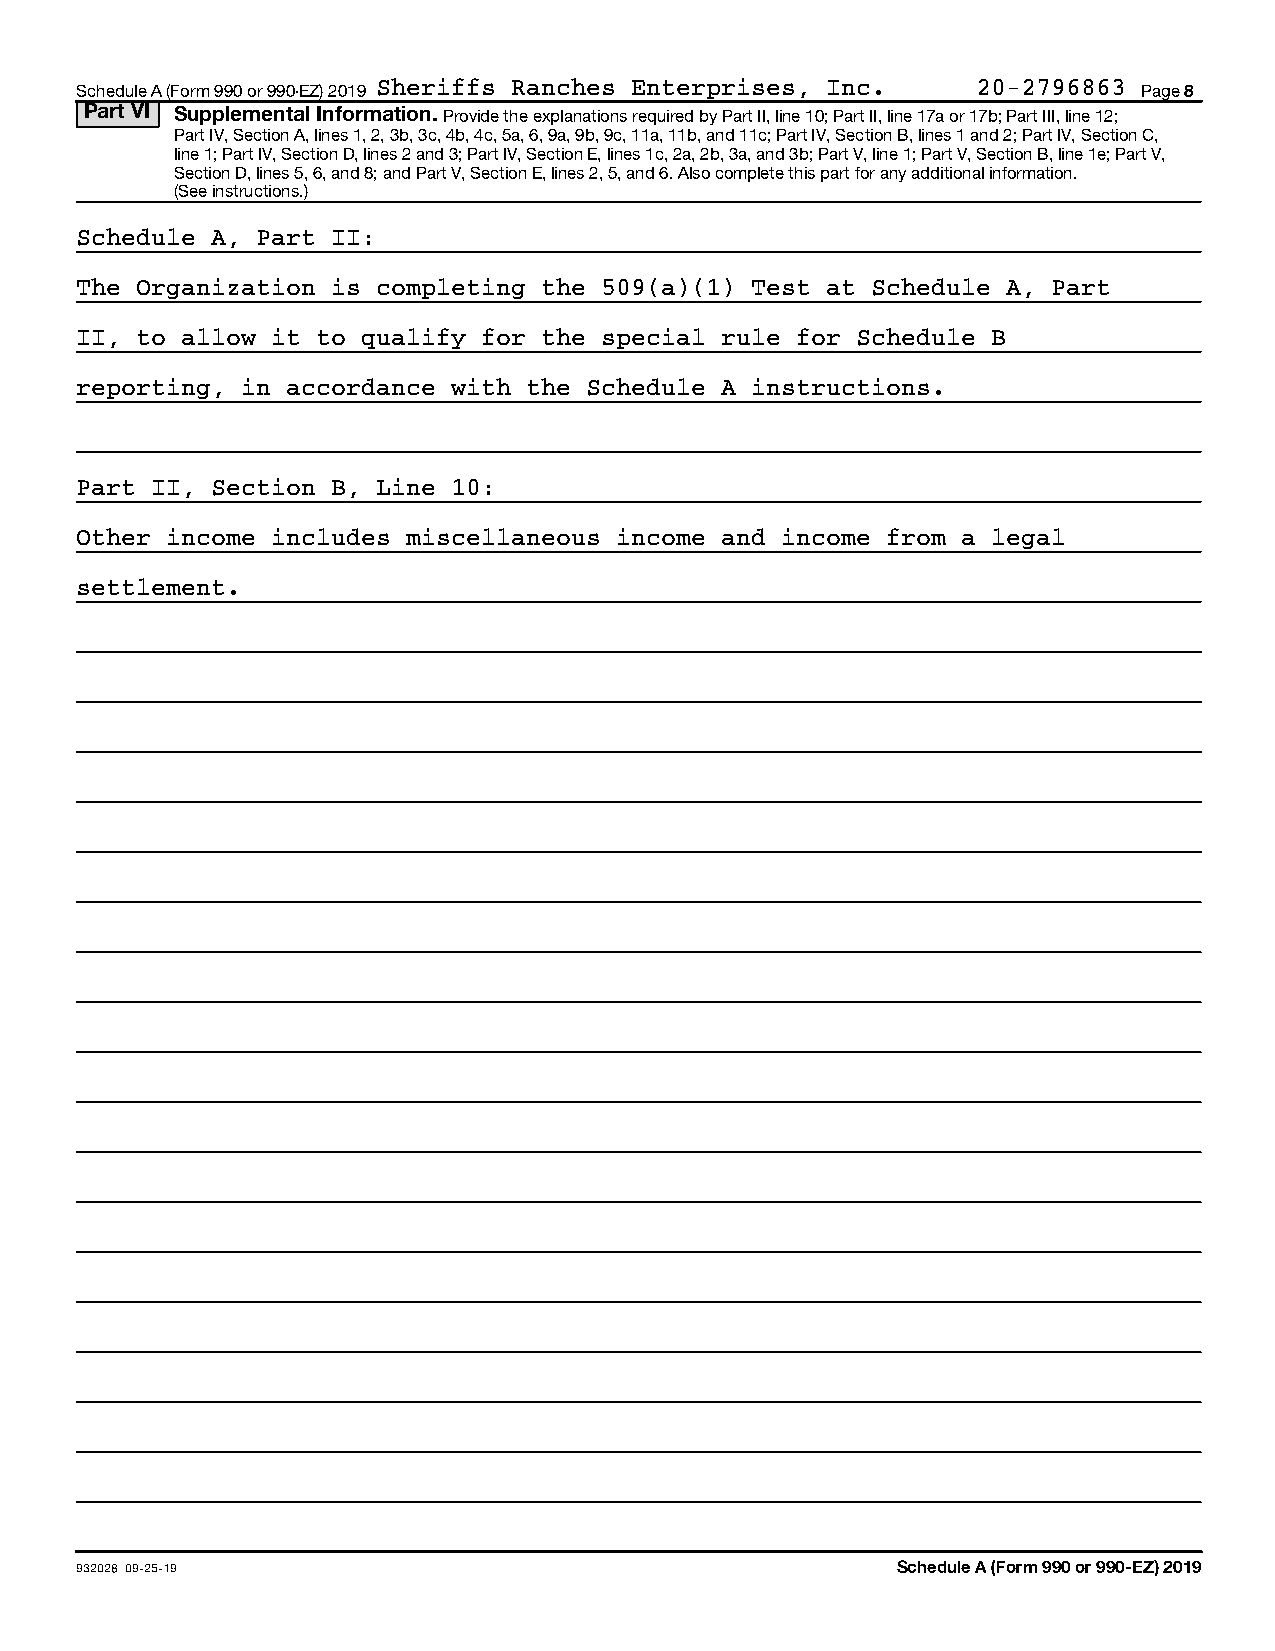
Schedule A (Form 990 or 990-EZ) 2019 Sheriffs Ranches Enterprises, Inc. 20-2796863 Page 8
 Part VI Supplemental Information. Provide the explanations required by Part II, line 10; Part II, line 17a or 17b; Part III, line 12;
 Part IV, Section A, lines 1, 2, 3b, 3c, 4b, 4c, 5a, 6, 9a, 9b, 9c, 11a, 11b, and 11c; Part IV, Section B, lines 1 and 2; Part IV, Section C,
 line 1; Part IV, Section D, lines 2 and 3; Part IV, Section E, lines 1c, 2a, 2b, 3a, and 3b; Part V, line 1; Part V, Section B, line 1e; Part V,
 Section D, lines 5, 6, and 8; and Part V, Section E, lines 2, 5, and 6. Also complete this part for any additional information.
 (See instructions.)
 Schedule A, Part II:
 The Organization is completing the 509(a)(1) Test at Schedule A, Part
 II, to allow it to qualify for the special rule for Schedule B
 reporting, in accordance with the Schedule A instructions.
 Part II, Section B, Line 10:
 Other income includes miscellaneous income and income from a legal
 settlement.
 932028 09-25-19                                       Schedule A (Form 990 or 990-EZ) 2019